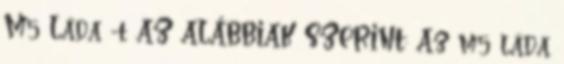
M5 Láda -t AZ ALÁBBIAK SZERINT: Az m5 láda